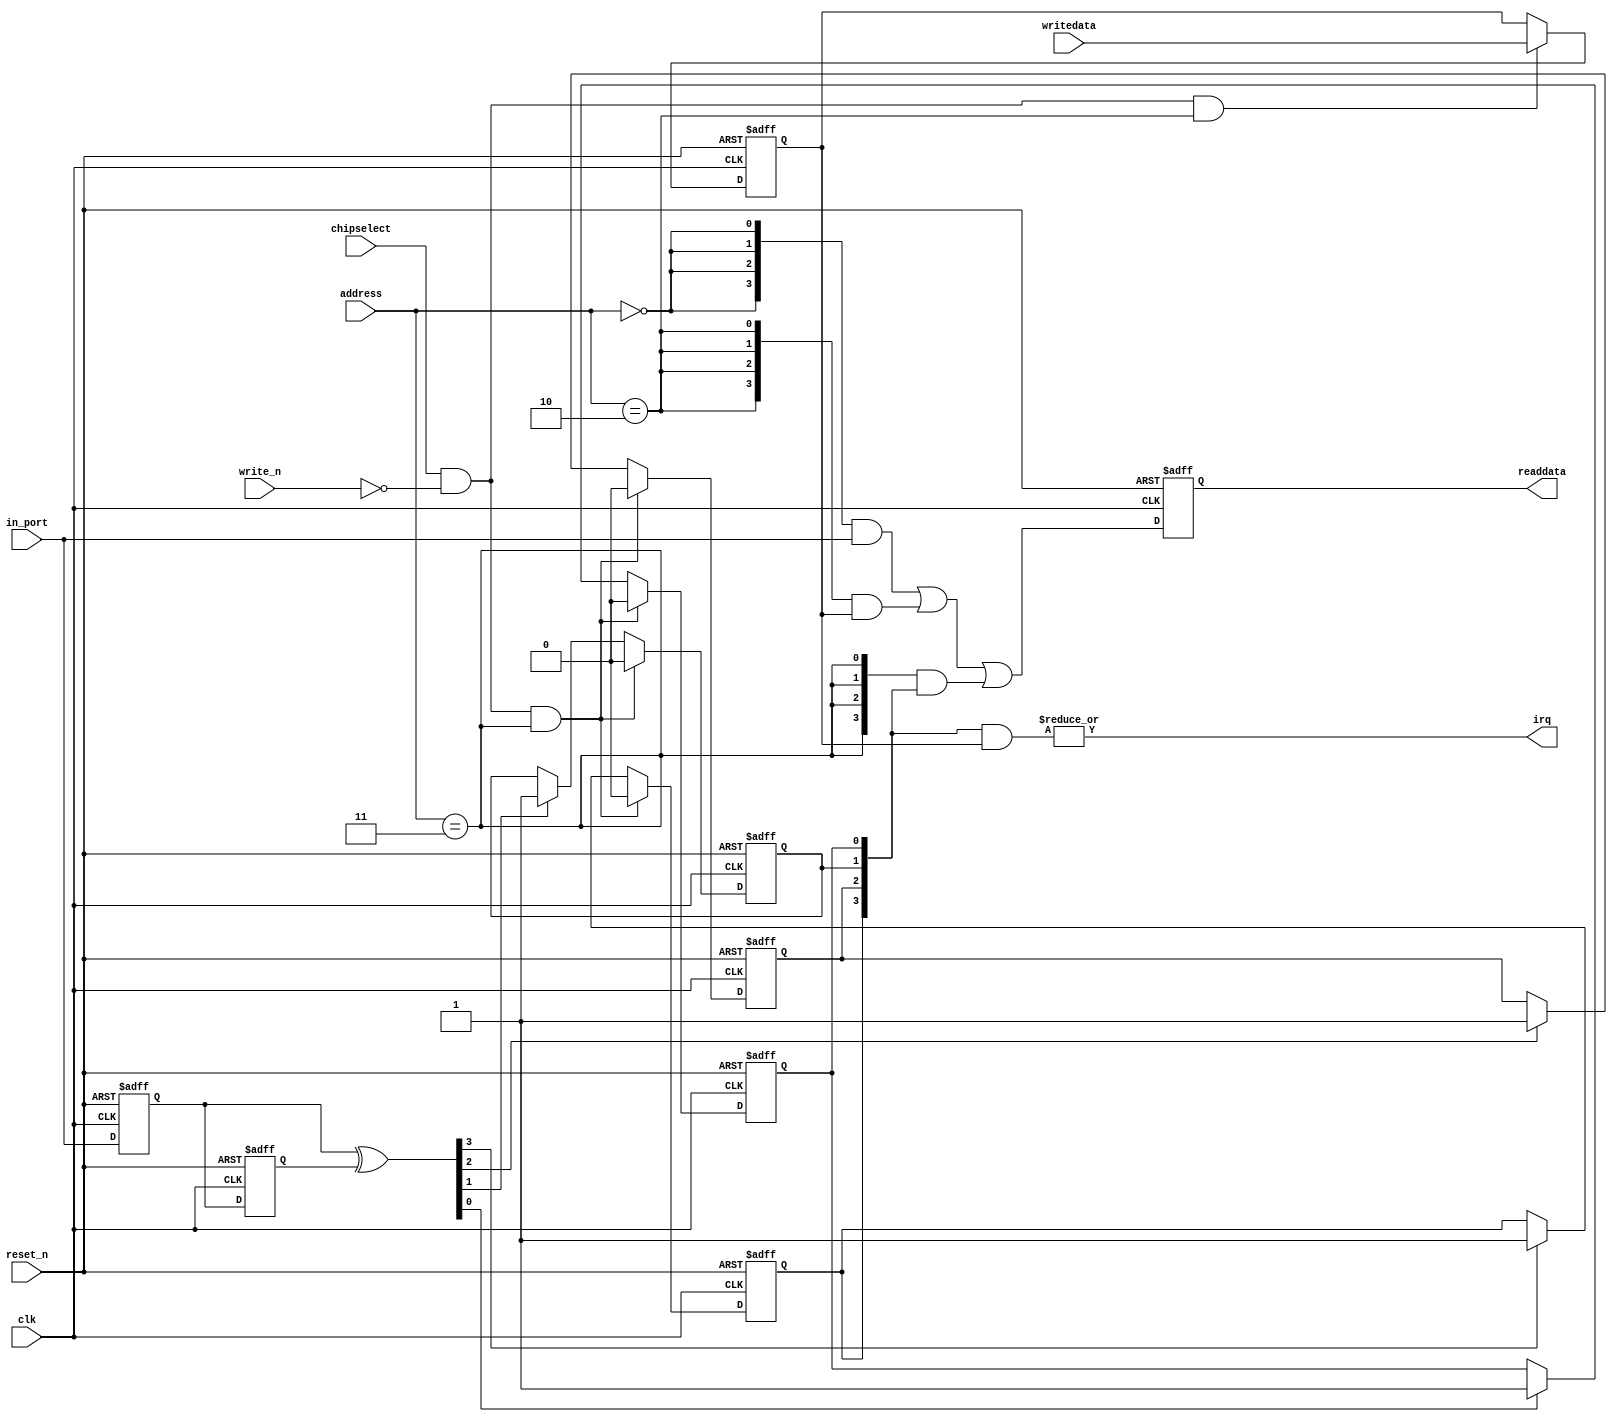
module button_pio (
                    // inputs:
                     address,
                     chipselect,
                     clk,
                     in_port,
                     reset_n,
                     write_n,
                     writedata,

                    // outputs:
                     irq,
                     readdata
                  )
;

  output           irq;
  output  [  3: 0] readdata;
  input   [  1: 0] address;
  input            chipselect;
  input            clk;
  input   [  3: 0] in_port;
  input            reset_n;
  input            write_n;
  input   [  3: 0] writedata;

  wire             clk_en;
  reg     [  3: 0] d1_data_in;
  reg     [  3: 0] d2_data_in;
  wire    [  3: 0] data_in;
  reg     [  3: 0] edge_capture;
  wire             edge_capture_wr_strobe;
  wire    [  3: 0] edge_detect;
  wire             irq;
  reg     [  3: 0] irq_mask;
  wire    [  3: 0] read_mux_out;
  reg     [  3: 0] readdata;
  assign clk_en = 1;
  //s1, which is an e_avalon_slave
  assign read_mux_out = ({4 {(address == 0)}} & data_in) |
    ({4 {(address == 2)}} & irq_mask) |
    ({4 {(address == 3)}} & edge_capture);

  always @(posedge clk or negedge reset_n)
    begin
      if (reset_n == 0)
          readdata <= 0;
      else if (clk_en)
          readdata <= read_mux_out;
    end


  assign data_in = in_port;
  always @(posedge clk or negedge reset_n)
    begin
      if (reset_n == 0)
          irq_mask <= 0;
      else if (chipselect && ~write_n && (address == 2))
          irq_mask <= writedata[3 : 0];
    end


  assign irq = |(edge_capture & irq_mask);
  assign edge_capture_wr_strobe = chipselect && ~write_n && (address == 3);
  always @(posedge clk or negedge reset_n)
    begin
      if (reset_n == 0)
          edge_capture[0] <= 0;
      else if (clk_en)
          if (edge_capture_wr_strobe)
              edge_capture[0] <= 0;
          else if (edge_detect[0])
              edge_capture[0] <= -1;
    end


  always @(posedge clk or negedge reset_n)
    begin
      if (reset_n == 0)
          edge_capture[1] <= 0;
      else if (clk_en)
          if (edge_capture_wr_strobe)
              edge_capture[1] <= 0;
          else if (edge_detect[1])
              edge_capture[1] <= -1;
    end


  always @(posedge clk or negedge reset_n)
    begin
      if (reset_n == 0)
          edge_capture[2] <= 0;
      else if (clk_en)
          if (edge_capture_wr_strobe)
              edge_capture[2] <= 0;
          else if (edge_detect[2])
              edge_capture[2] <= -1;
    end


  always @(posedge clk or negedge reset_n)
    begin
      if (reset_n == 0)
          edge_capture[3] <= 0;
      else if (clk_en)
          if (edge_capture_wr_strobe)
              edge_capture[3] <= 0;
          else if (edge_detect[3])
              edge_capture[3] <= -1;
    end


  always @(posedge clk or negedge reset_n)
    begin
      if (reset_n == 0)
        begin
          d1_data_in <= 0;
          d2_data_in <= 0;
        end
      else if (clk_en)
        begin
          d1_data_in <= data_in;
          d2_data_in <= d1_data_in;
        end
    end


  assign edge_detect = d1_data_in ^  d2_data_in;

endmodule